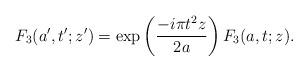
LaTeX: \begin{align*}F_3(a',t';z')=\exp\left(\frac{-i\pi t^2 z}{2a}\right)F_3(a,t;z).\end{align*}